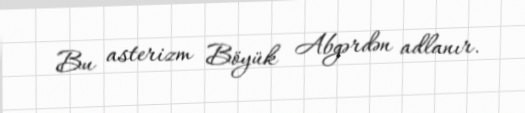
Bu asterizm Böyük Abgərdən adlanır.